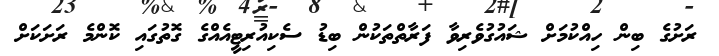
ރަށުގެ ބިން ހިއްކުމަށް ޝައުގުވެރިވާ ފަރާތްތަކުން ބިޑު ސެކިއުރިޓީއެއްގެ ގޮތުގައި ކޮންމެ ރަށަކަށް